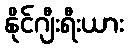
နိုင်ဂျီးရီးယား